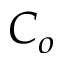
C _ { o }